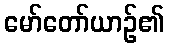
မော်တော်ယာဉ်၏